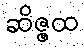
ဆိဇ္ဇထ